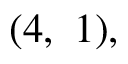
( 4 , \ 1 ) ,